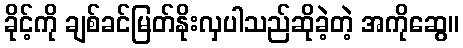
ခိုင့်ကို ချစ်ခင်မြတ်နိုးလှပါသည်ဆိုခဲ့တဲ့ အကိုဆွေ။